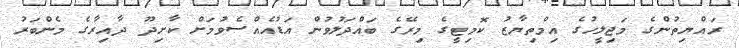
ރައްޔިތުންގެ މަޖިލީހުގެ އިމްތިޔާޒު ކޮމިޓީގެ މިރޭގެ ބައްދަލުވުން އަޑުއެއްސެވުމަށް ކާށިދޫ ދާއިރާގެ މެންބަރު